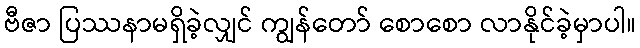
ဗီဇာ ပြဿနာမရှိခဲ့လျှင် ကျွန်တော် စောစော လာနိုင်ခဲ့မှာပါ။